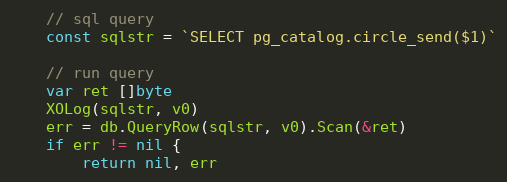
Language: Go
	// sql query
	const sqlstr = `SELECT pg_catalog.circle_send($1)`

	// run query
	var ret []byte
	XOLog(sqlstr, v0)
	err = db.QueryRow(sqlstr, v0).Scan(&ret)
	if err != nil {
		return nil, err